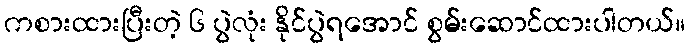
ကစားထားပြီးတဲ့ ၆ ပွဲလုံး နိုင်ပွဲရအောင် စွမ်းဆောင်ထားပါတယ်။